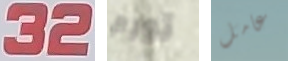
32 تورم عامل